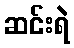
ဆင်းရဲ